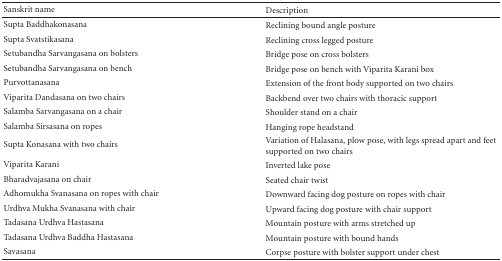
<table><thead><tr><td><b>Sanskrit name</b></td><td><b>Description</b></td></tr></thead><tbody><tr><td>Supta Baddhakonasana</td><td>Reclining bound angle posture</td></tr><tr><td>Supta Svatstikasana</td><td>Reclining cross legged posture</td></tr><tr><td>Setubandha Sarvangasana on bolsters</td><td>Bridge pose on cross bolsters</td></tr><tr><td>Setubandha Sarvangasana on bench</td><td>Bridge pose on bench with Viparita Karani box</td></tr><tr><td>Purvottanasana</td><td>Extension of the front body supported on two chairs</td></tr><tr><td>Viparita Dandasana on two chairs</td><td>Backbend over two chairs with thoracic support</td></tr><tr><td>Salamba Sarvangasana on a chair</td><td>Shoulder stand on a chair</td></tr><tr><td>Salamba Sirsasana on ropes</td><td>Hanging rope headstand</td></tr><tr><td>Supta Konasana with two chairs</td><td>Variation of Halasana, plow pose, with legs spread apart and feet supported on two chairs</td></tr><tr><td>Viparita Karani</td><td>Inverted lake pose</td></tr><tr><td>Bharadvajasana on chair</td><td>Seated chair twist</td></tr><tr><td>Adhomukha Svanasana on ropes with chair</td><td>Downward facing dog posture on ropes with chair</td></tr><tr><td>Urdhva Mukha Svanasana with chair</td><td>Upward facing dog posture with chair support</td></tr><tr><td>Tadasana Urdhva Hastasana</td><td>Mountain posture with arms stretched up</td></tr><tr><td>Tadasana Urdhva Baddha Hastasana</td><td>Mountain posture with bound hands</td></tr><tr><td>Savasana</td><td>Corpse posture with bolster support under chest</td></tr></tbody></table>